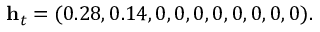
\mathbf { h } _ { t } = ( 0 . 2 8 , 0 . 1 4 , 0 , 0 , 0 , 0 , 0 , 0 , 0 , 0 ) .